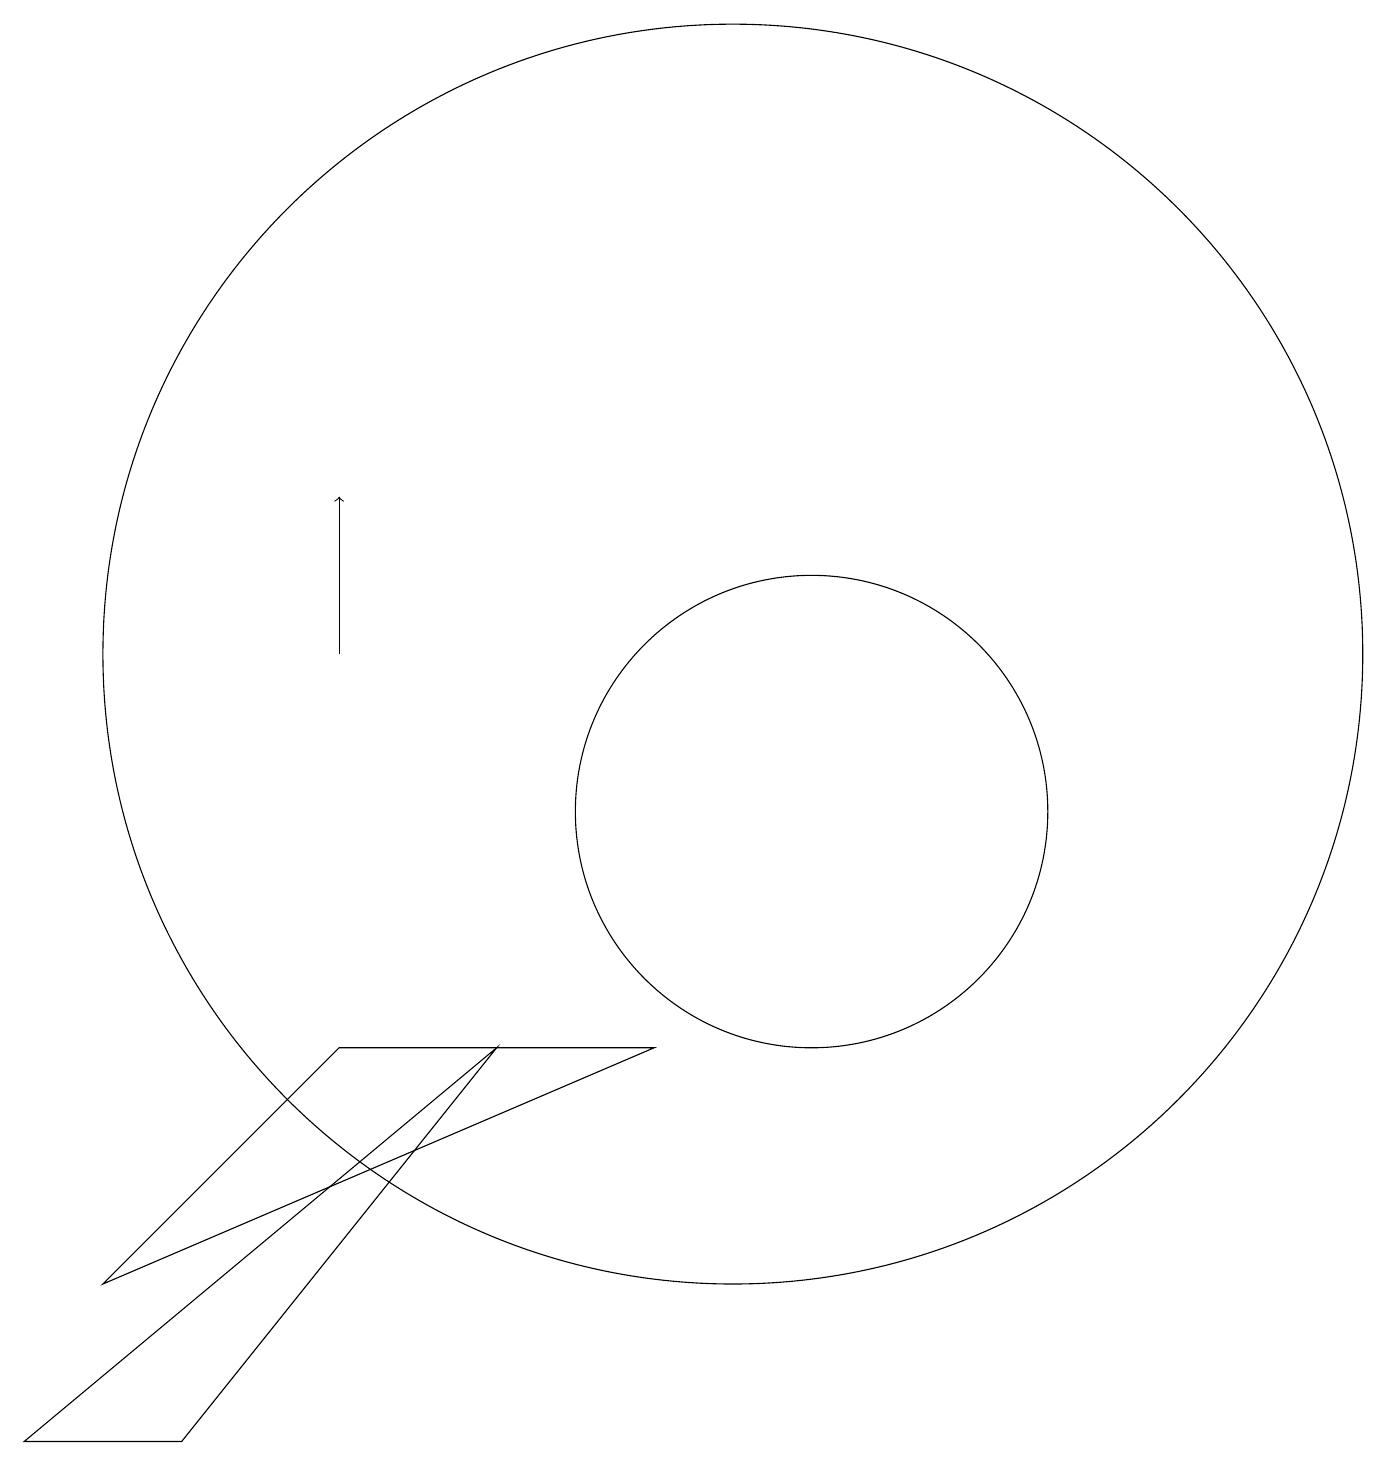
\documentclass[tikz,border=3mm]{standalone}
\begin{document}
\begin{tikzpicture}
\draw (1,2) -- (3,2) -- (7,7) -- cycle;
\draw[->] (5,12) -- (5,14);
\draw (10,12) circle (8);
\draw (11,10) circle (3);
\draw (9,7) -- (2,4) -- (5,7) -- cycle;
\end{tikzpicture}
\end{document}